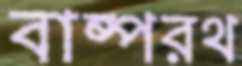
বাষ্পরথ